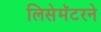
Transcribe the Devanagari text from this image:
लिसेमॅटरने